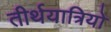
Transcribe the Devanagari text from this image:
तीर्थयात्रियो